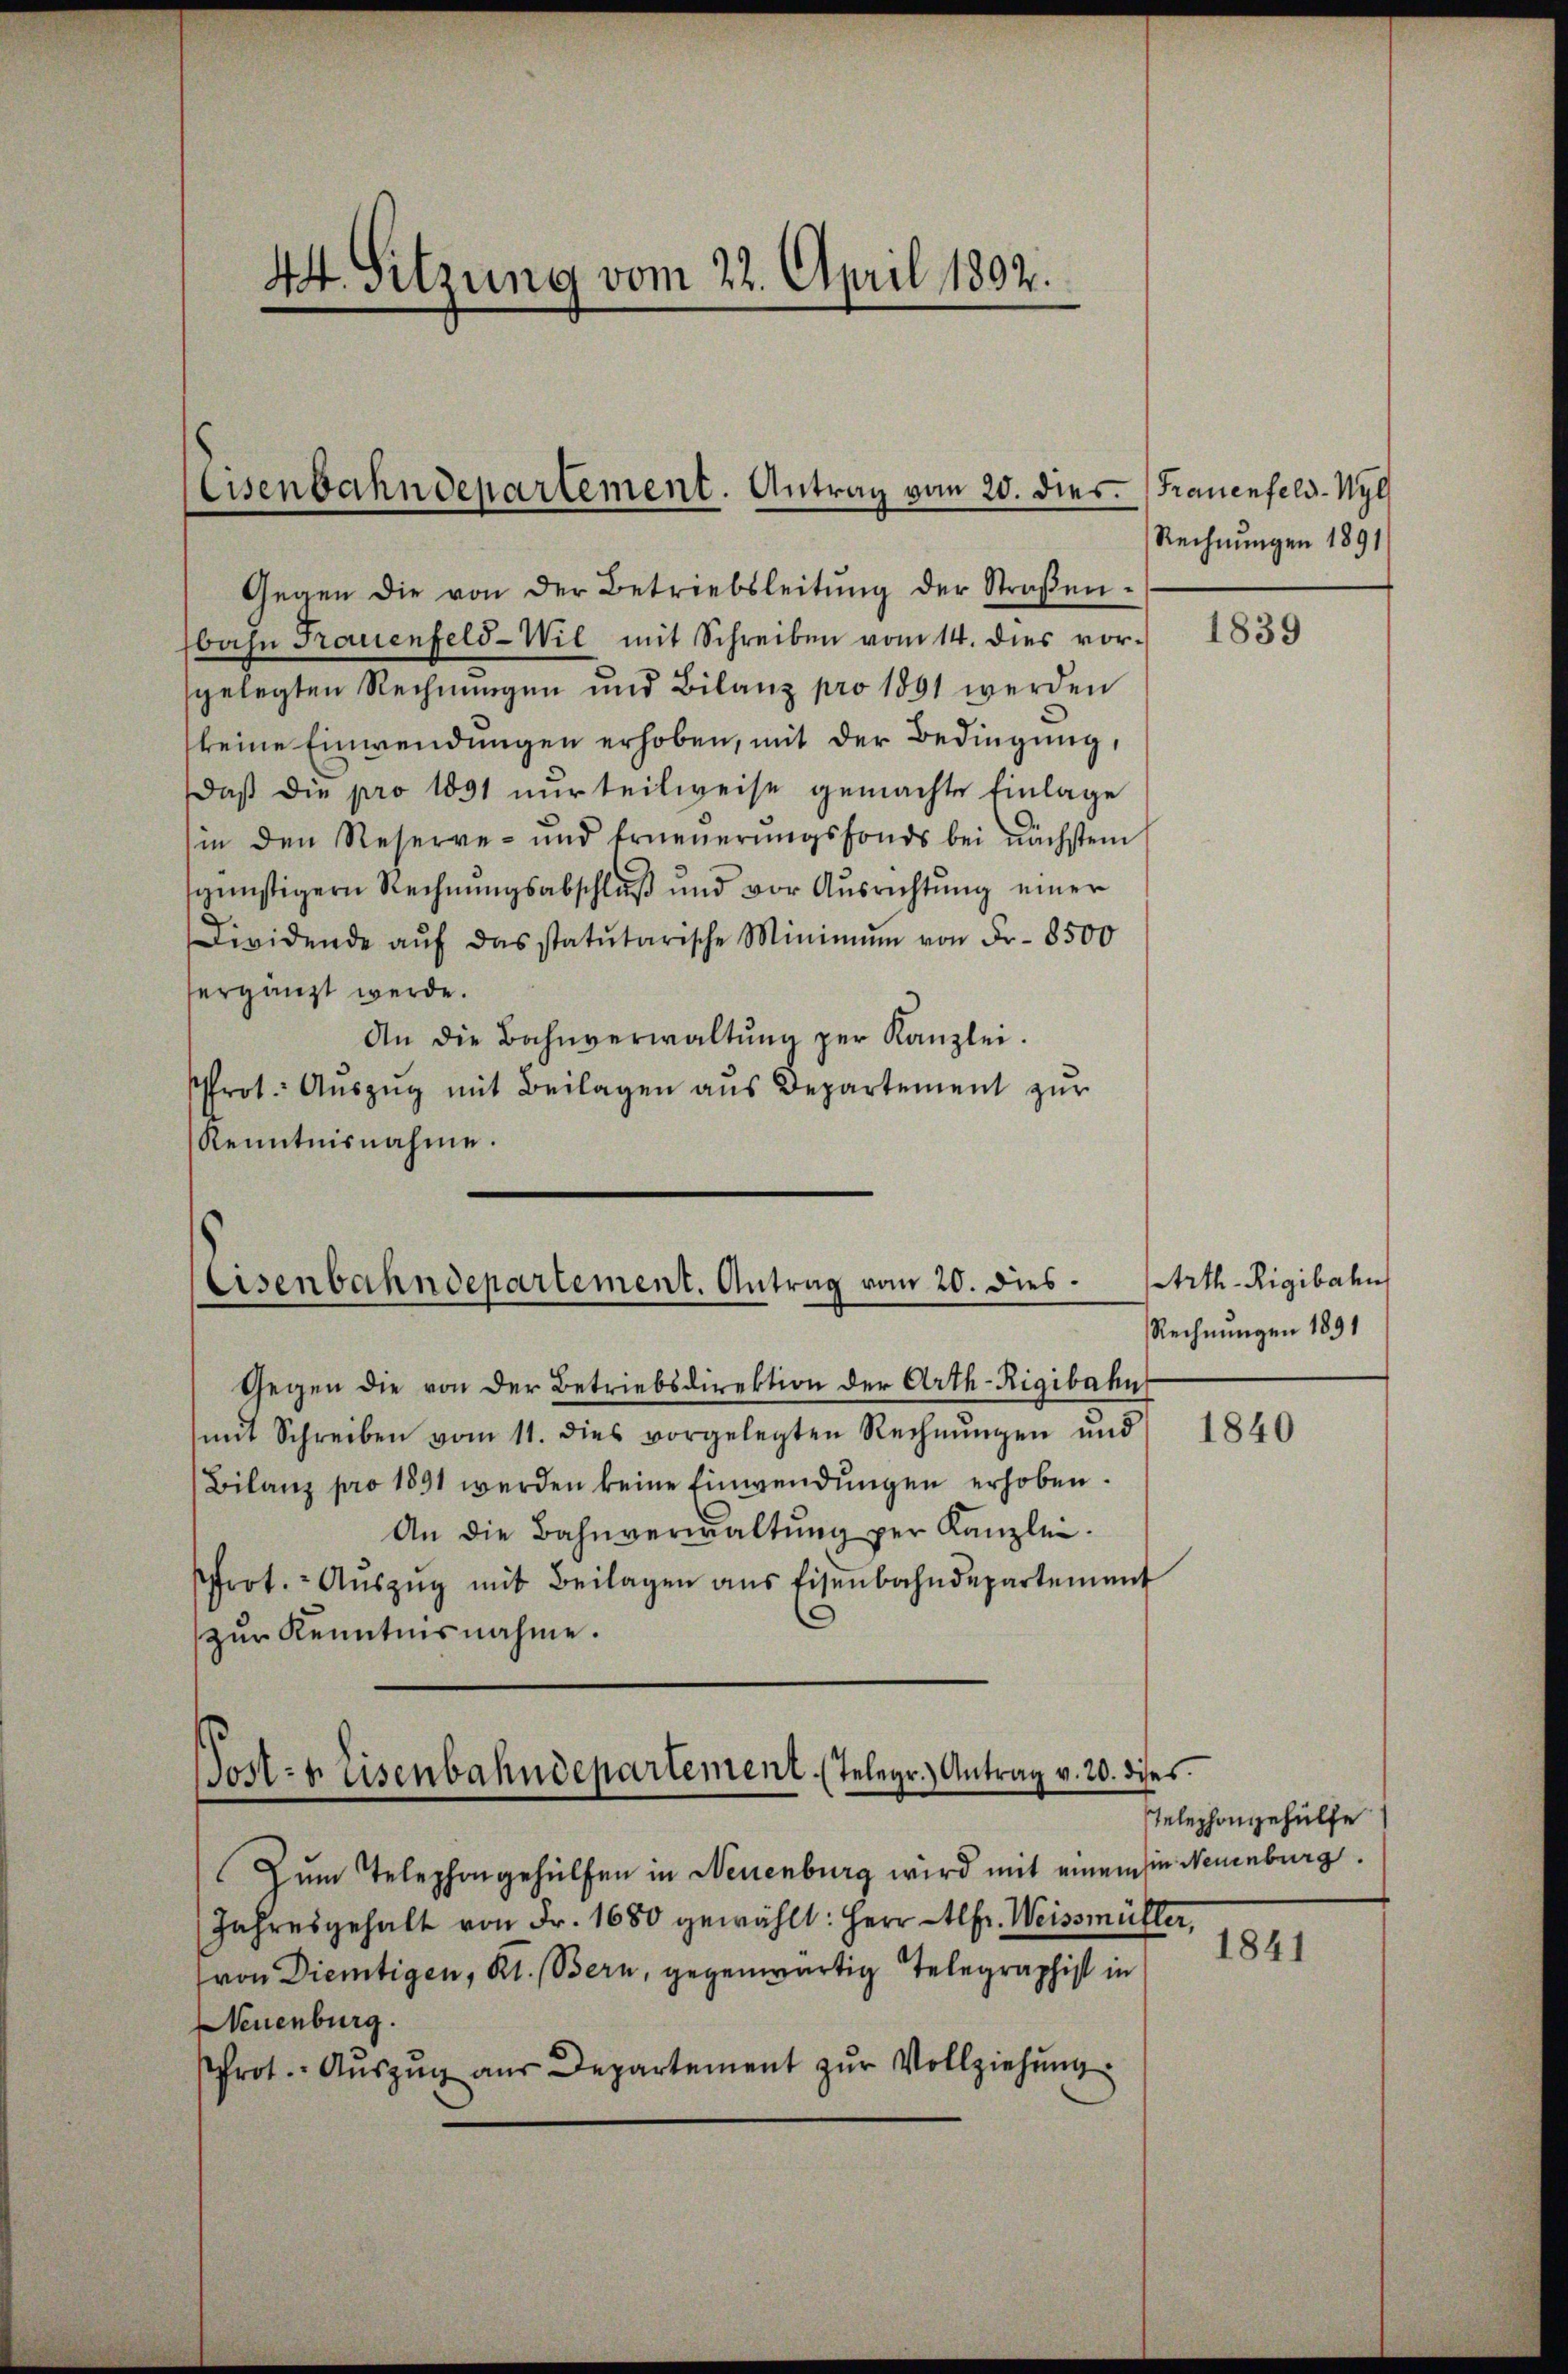
44. Sitzung vom 22. April 1802.

Eisenbahndepartement. Antrag vom 20. dies. (Frauenfeld-Wyl

Gegen die von der Betriebsleitŭng der Straβen-
bahn Frauenfeld-Wil mit Schreiben vom 14. dies vor-
sgelegten Rechnungen und Bilanz pro 1861 werden
keine Einwendungen erhoben, mit der Bedingung,
Daß die pro 1891 nur teilweise gemachte Einlage
in den Reserve- und Erneŭerŭngsfonds bei nächsten
günstigern Rechnŭngsabschlŭβ und vor Ausrichtŭng einer
Dividende aŭf das statutarische Minimŭm von Fr. 8500
ergänzt werde.
An die Bahnverwaltŭng zŭr Kanzlei.
frot. Aŭszŭg mit Beilagen aŭs Departement zŭr
Kenntnisnahme.

Eisenbahndepartement. Antrag vom 20. dies

Gegen die von der Betriebsdirektion der Arth-Rigibahn
mit Schreiben vom 11. dies vorgelegten Rechnŭngen und
Bilanz pro 1891 werden keine Einwendungen erhoben.
An die Bahnverwaltŭng per Kanzlei.
frot. Aŭszŭg mit Beilagen ans Eisenbahndepartement
zŭr Kenntnisnahme.

Post- u. Eisenbahndepartement (Telegr. Antrag v. 20. dieses

Rechnungen 1891

Zum Telephongehülfen in Neuenburg wird mit einem in Neuenburg.
Jahresgehalt von Fr. 1680 gewählt: Herr fr. Weissmülle
von Dientigen, Kt. Bern, gegenwärtig Telegraphist in
Neuenburg.
Prot. Aŭszŭg aŭs Departement zŭr Vollziehŭng

u

1839

Arth-Rigibahn
Rechnungen 1891

1840

Telephongehülfe

1841